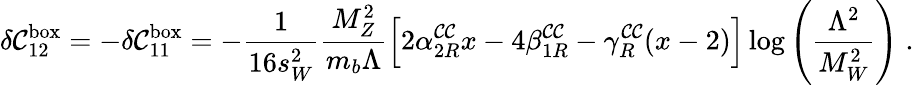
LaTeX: \delta\mathcal{C}_{12}^{\mathrm{{box}}}=-\delta\mathcal{C}_{11}^{\mathrm{{box}}}=-\frac{{1}}{{16s_{W}^{2}}}\frac{{M_{Z}^{2}}}{{m_{b}\Lambda}}\Bigl[2\alpha_{2R}^{\mathcal{C}\mathcal{C}}x-4\beta_{1R}^{\mathcal{C}\mathcal{C}}-\gamma_{R}^{\mathcal{C}\mathcal{C}}(x-2)\Bigr]\log\left(\frac{{\Lambda^{2}}}{{M_{W}^{2}}}\right)\; .